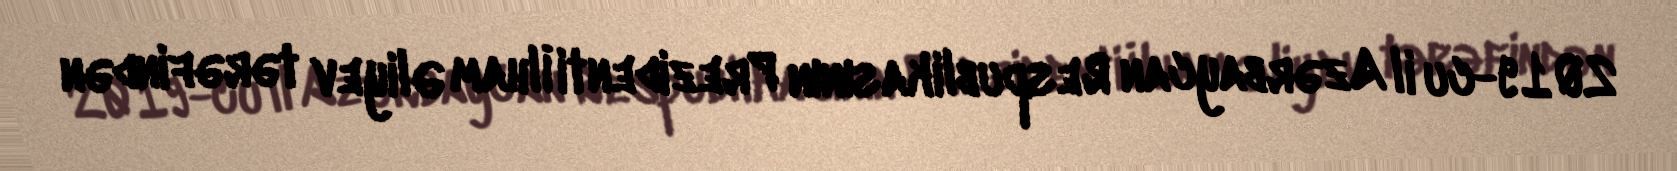
2019-cu il Azərbaycan Respublikasının Prezidenti İlham Əliyev tərəfindən